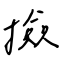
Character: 撿